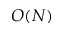
O ( N )